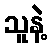
သူနဲ့